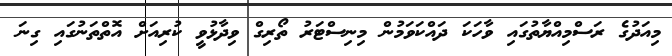
މިއަދުގެ ރަސްމިއްޔާތުގައި ވާހަކަ ދައްކަވަމުން މިނިސްޓަރު ތޯރިގް ވިދާޅުވީ ކުރިއަށް އޮތްތަނުގައި ގިނަ